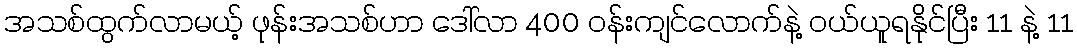
အသစ်ထွက်လာမယ့် ဖုန်းအသစ်ဟာ ဒေါ်လာ 400 ဝန်းကျင်လောက်နဲ့ ဝယ်ယူရနိုင်ပြီး 11 နဲ့ 11